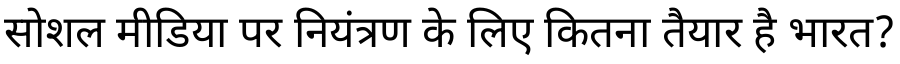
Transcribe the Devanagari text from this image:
सोशल मीडिया पर नियंत्रण के लिए कितना तैयार है भारत?